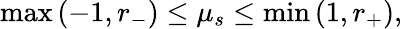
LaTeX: \operatorname*{max}\left(-1,r_{-}\right)\leq\mu_{s}\leq\operatorname*{min}\left(1,r_{+}\right),